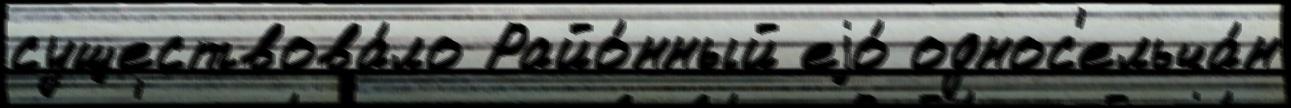
существова́ло Райо́нный еjо́ однос'ельча́н